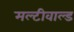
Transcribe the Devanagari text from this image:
मल्टीवाल्ड